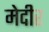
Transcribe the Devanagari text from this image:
मेदीर